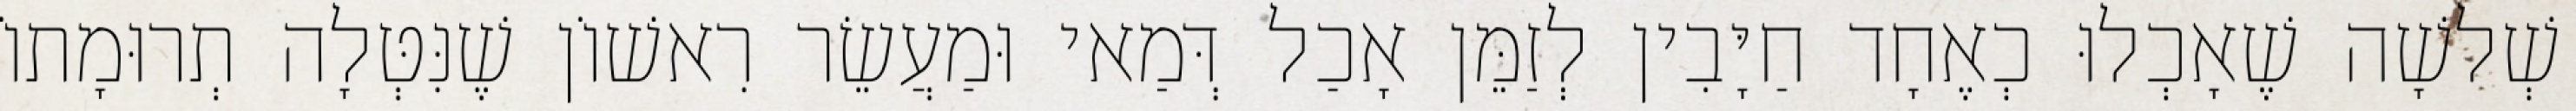
שְׁלשָׁה שֶׁאָכְלוּ כְאֶחָד חַיָּבִין לְזַמֵּן אָכַל דְּמַאי וּמַעֲשֵׂר רִאשׁוֹן שֶׁנִּטְּלָה תְרוּמָתוֹ